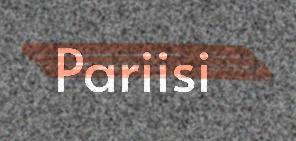
Pariisi